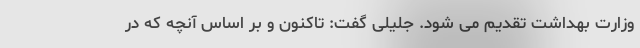
وزارت بهداشت تقدیم می شود. جلیلی گفت: تاکنون و بر اساس آنچه که در